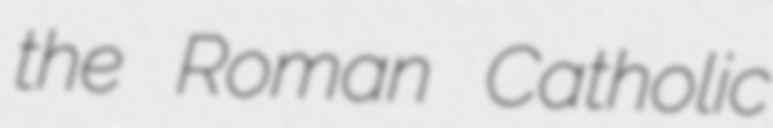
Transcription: the Roman Catholic